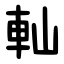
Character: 軕